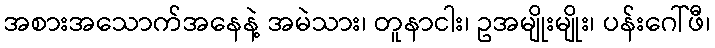
အစားအသောက်အနေနဲ့ အမဲသား၊ တူနာငါး၊ ဥအမျိုးမျိုး၊ ပန်းဂေါ်ဖီ၊